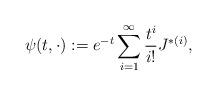
LaTeX: \begin{align*} \psi(t,\cdot) := e^{-t} \sum_{i=1}^{\infty} \frac{t^i}{i!} J^{\ast(i)}, \end{align*}